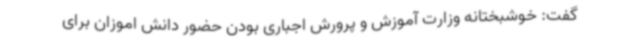
گفت: خوشبختانه وزارت آموزش و پرورش اجباری بودن حضور دانش اموزان برای